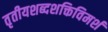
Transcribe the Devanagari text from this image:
तृतीयशब्दशक्तिविमर्श